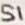
Text: S1